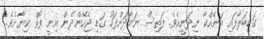
ގަޑިބަލާފައި އަނެއްކާ ނިދަނީއެވެ. ފަތިސް ނަމާދަށްފަހު ގަޑި ޖެހޭންދެން އިނީ ފޮތް ކިޔާށެވެ.